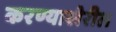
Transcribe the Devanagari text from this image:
करण्याखेरील